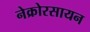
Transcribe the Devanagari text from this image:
नेक्रोरसायन